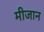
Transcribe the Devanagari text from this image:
मीजान